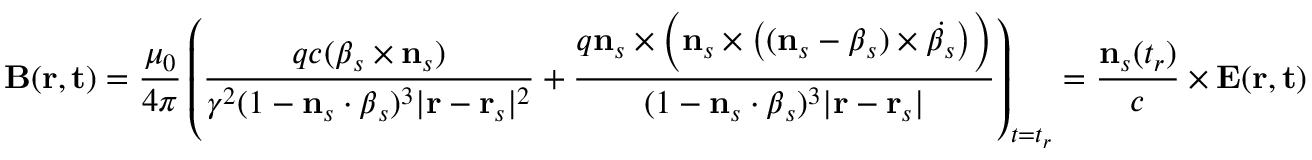
\mathbf { B } ( \mathbf { r } , \mathbf { t } ) = { \frac { \mu _ { 0 } } { 4 \pi } } \left( { \frac { q c ( { \boldsymbol { \beta } } _ { s } \times \mathbf { n } _ { s } ) } { \gamma ^ { 2 } ( 1 - \mathbf { n } _ { s } \cdot { \boldsymbol { \beta } } _ { s } ) ^ { 3 } | \mathbf { r } - \mathbf { r } _ { s } | ^ { 2 } } } + { \frac { q \mathbf { n } _ { s } \times { \Big ( } \mathbf { n } _ { s } \times { \big ( } ( \mathbf { n } _ { s } - { \boldsymbol { \beta } } _ { s } ) \times { \dot { { \boldsymbol { \beta } } _ { s } } } { \big ) } { \Big ) } } { ( 1 - \mathbf { n } _ { s } \cdot { \boldsymbol { \beta } } _ { s } ) ^ { 3 } | \mathbf { r } - \mathbf { r } _ { s } | } } \right) _ { t = t _ { r } } = { \frac { \mathbf { n } _ { s } ( t _ { r } ) } { c } } \times \mathbf { E } ( \mathbf { r } , \mathbf { t } )